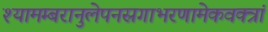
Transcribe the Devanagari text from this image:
श्यामम्बरानुलेपनस्रगाभरणामेकवक्त्रां